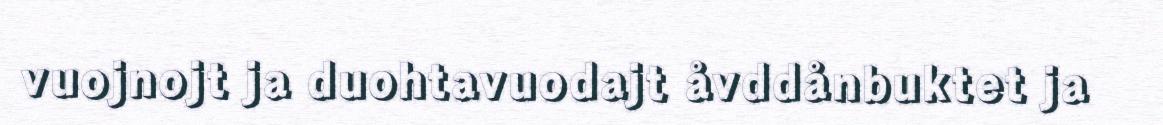
vuojnojt ja duohtavuodajt åvddånbuktet ja